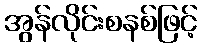
အွန်လိုင်းစနစ်ဖြင့်